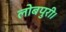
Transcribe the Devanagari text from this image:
लोबपुरी।